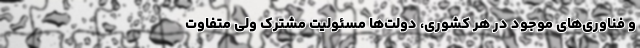
و فناوری‌های موجود در هر کشوری، دولت‌ها مسئولیت مشترک ولی متفاوت